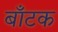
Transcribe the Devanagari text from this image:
बाँटक